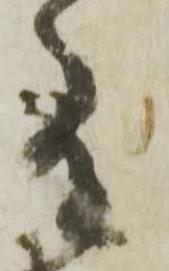
間